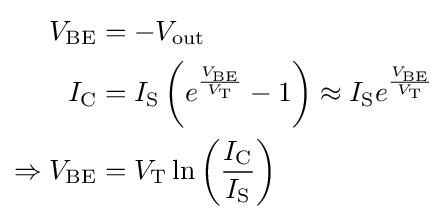
{\begin{aligned}V_{\text{BE}}&=-V_{\text{out}}\\I_{\text{C}}&=I_{\text{S}}\left(e^{\frac {V_{\text{BE}}}{V_{\text{T}}}}-1\right)\approx I_{\text{S}}e^{\frac {V_{\text{BE}}}{V_{\text{T}}}}\\\Rightarrow V_{\text{BE}}&=V_{\text{T}}\ln \left({\frac {I_{\text{C}}}{I_{\text{S}}}}\right)\end{aligned}}